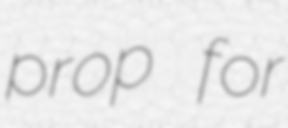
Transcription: prop for